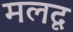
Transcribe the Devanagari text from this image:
मलदृ